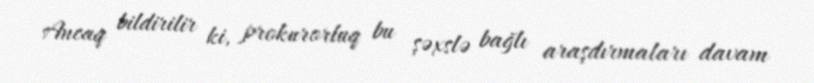
Ancaq bildirilir ki, prokurorluq bu şəxslə bağlı araşdırmaları davam